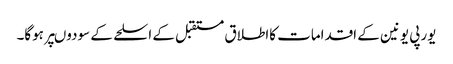
یورپی یونین کے اقدامات کااطلاق مستقبل کے اسلحے کے سودوںپر ہوگا۔